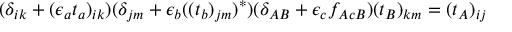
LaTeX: ( \delta _ { i k } + ( \epsilon _ { a } t _ { a } ) _ { i k } ) ( \delta _ { j m } + \epsilon _ { b } ( ( t _ { b } ) _ { j m } ) ^ { \ast } ) ( \delta _ { A B } + \epsilon _ { c } f _ { A c B } ) ( t _ { B } ) _ { k m } = ( t _ { A } ) _ { i j }